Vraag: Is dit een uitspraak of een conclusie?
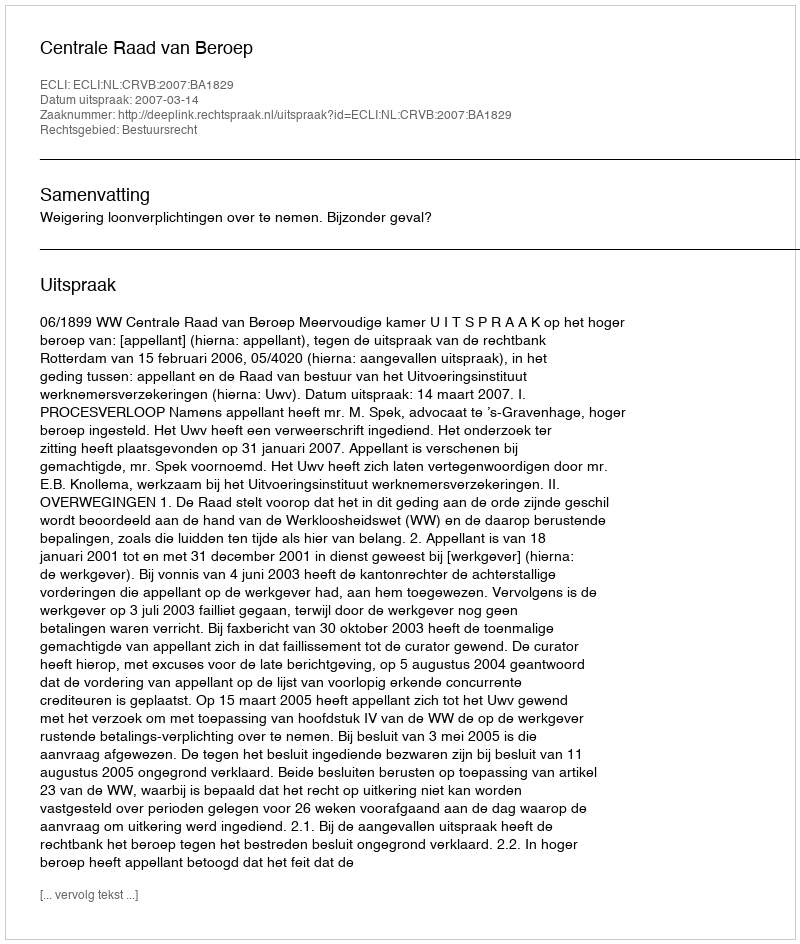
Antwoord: Uitspraak